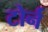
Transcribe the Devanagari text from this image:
टोर्न